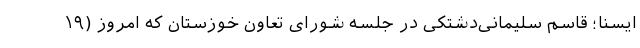
ایسنا؛ قاسم سلیمانی‌دشتکی در جلسه شورای تعاون خوزستان که امروز (۱۹